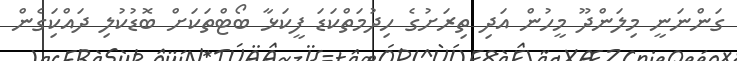
ގަންނަނީ މިލަންދޫ މީހުން އަދި ތިރަށުގެ ހިދުމަތްކަޑަ ފީކަޅާ ބޯޓްތަކަށް ބޮޑުކުލި ދައްކަިގެން